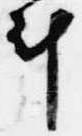
計